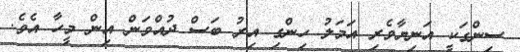
ސިންގަކީ އަނިޔާވެރި އަމަލު ހިންގި އިރު ބަސް ދުއްވަން އިން މީހާ އެވެ.